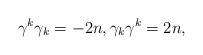
LaTeX: \begin{align*}\gamma^k\gamma_k=-2n,\gamma_k\gamma^k=2n, \end{align*}